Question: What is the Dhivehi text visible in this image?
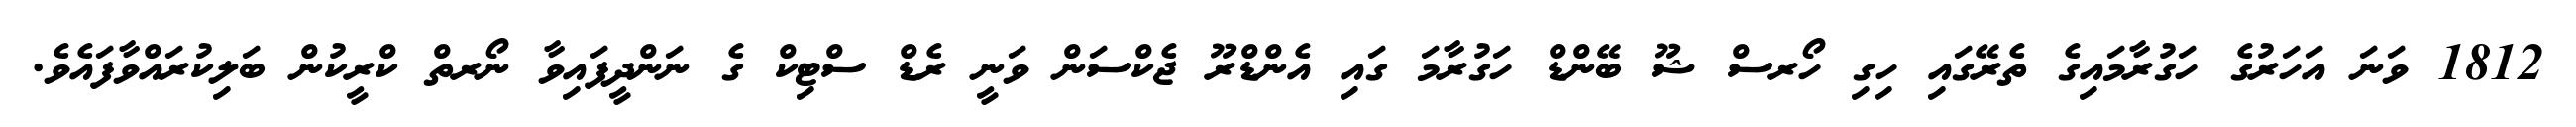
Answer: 1812 ވަނަ އަހަރުގެ ހަގުރާމައިގެ ތެރޭގައި ހިގި ހޯރސް ޝޫ ބޭންޑް ހަގުރާމަ ގައި އެންޑްރޫ ޖެކްސަން ވަނީ ރެޑް ސްޓިކް ގެ ނަންދީފައިވާ ނޯރތް ކްރީކުން ބަލިކުރައްވާފައެވެ.